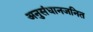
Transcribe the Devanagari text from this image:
अनुसंधानजनित